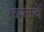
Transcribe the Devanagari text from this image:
ढलवें